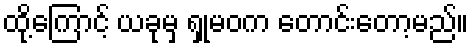
ထို့ကြောင့် ယခုမှ ရှုမဝက တောင်းတော့မည်။